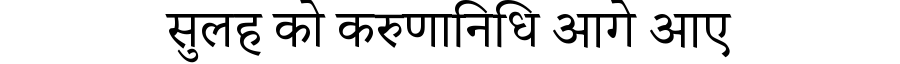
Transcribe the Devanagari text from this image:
सुलह को करुणानिधि आगे आए